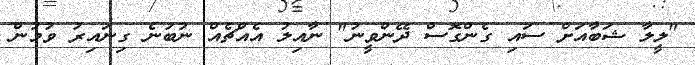
"ލީލާ ޝަބާއަށް ސައި ގެންގޮސް ދޭންވީނު" ނާއިލު އެއްޗެއް ނުބުނެ ގިނައިރު ވުމުން